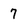
Character: 7